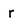
Character: r